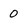
Character: 0